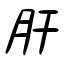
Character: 肝